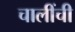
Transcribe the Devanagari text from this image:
चालींची